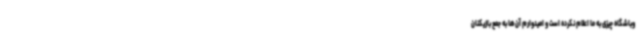
وباشگاه چیزی به ما اعلام نکرده است و امیدوارم آن‌ها به جمع بازیکنان